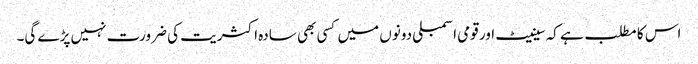
اس کا مطلب ہے کہ سینیٹ اور قومی اسمبلی دونوں میں کسی بھی سادہ اکثریت کی ضرورت نہیں پڑے گی۔